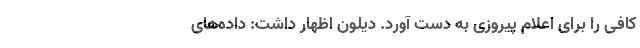
کافی را برای اعلام پیروزی به دست آورد. دیلون اظهار داشت: داده‌های